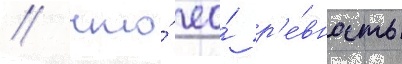
/ что́ ео́ р'е́вность